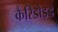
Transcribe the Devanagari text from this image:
कैरिडोइड